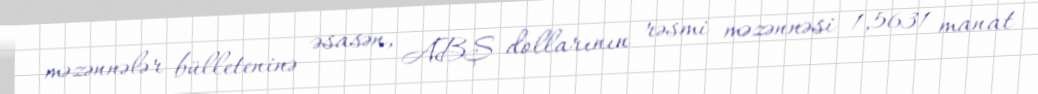
məzənnələr bülleteninə əsasən, ABŞ dollarının rəsmi məzənnəsi 1,5631 manat